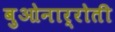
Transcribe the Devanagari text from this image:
बुओनार्रोती